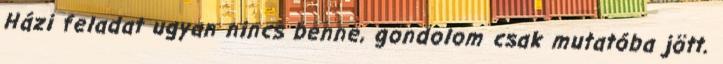
Házi feladat ugyan nincs benne, gondolom csak mutatóba jött.